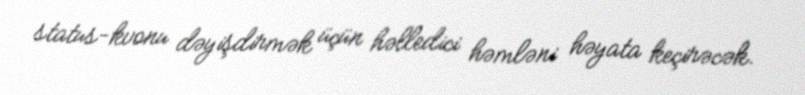
status-kvonu dəyişdirmək üçün həlledici həmləni həyata keçirəcək.